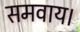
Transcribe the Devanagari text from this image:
समवाय।